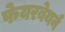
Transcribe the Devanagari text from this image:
फेयरबेयर्न